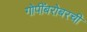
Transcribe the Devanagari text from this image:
गोपींबरोबरची